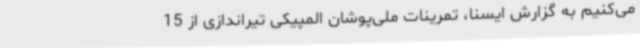
می‌کنیم به گزارش ایسنا، تمرینات ملی‌پوشان المپیکی تیراندازی از 15